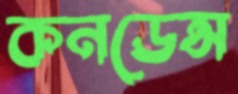
কনডেন্স